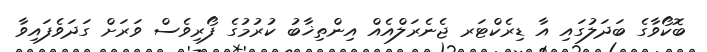
ބޮކޯވާގެ ބަދަލުގައި އާ ޑިރެކްޓަރ ޖެނެރަލްއެއް އިންތިޚާބު ކުރުމުގެ ފޯރިވެސް ވަރަށް ގަދަވެފައިވާ